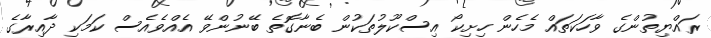
ރައްޔިތުންގެ ވާހަކަތައް މެހެން ހިށިކޯ އިސްކޫލުތަކުން ބެނާގޮތެ ބޭނުންވޭ އެއްވެއެސް ކަމަކި ދާއިރާގެ